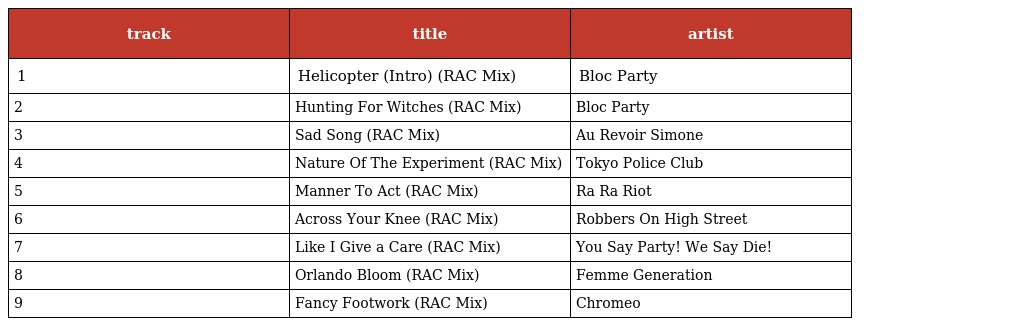
| track | title | artist |
 | --- | --- | --- |
 | 1 | Helicopter (Intro) (RAC Mix) | Bloc Party |
 | 2 | Hunting For Witches (RAC Mix) | Bloc Party |
 | 3 | Sad Song (RAC Mix) | Au Revoir Simone |
 | 4 | Nature Of The Experiment (RAC Mix) | Tokyo Police Club |
 | 5 | Manner To Act (RAC Mix) | Ra Ra Riot |
 | 6 | Across Your Knee (RAC Mix) | Robbers On High Street |
 | 7 | Like I Give a Care (RAC Mix) | You Say Party! We Say Die! |
 | 8 | Orlando Bloom (RAC Mix) | Femme Generation |
 | 9 | Fancy Footwork (RAC Mix) | Chromeo |